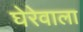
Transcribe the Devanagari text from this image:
घेरेवाला